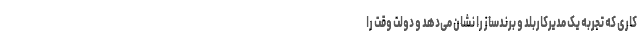
کاری که تجربه یک مدیرکاربلد و برندساز را نشان می‌دهد و دولت وقت را